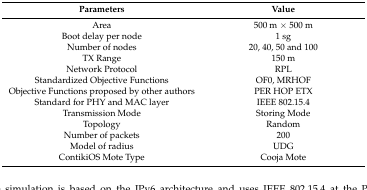
<table><thead><tr><td><b>Parameters</b></td><td><b>Value</b></td></tr></thead><tbody><tr><td>Area</td><td>500 m × 500 m</td></tr><tr><td>Boot delay per node</td><td>1 sg</td></tr><tr><td>Number of nodes</td><td>20, 40, 50 and 100</td></tr><tr><td>TX Range</td><td>150 m</td></tr><tr><td>Network Protocol</td><td>RPL</td></tr><tr><td>Standardized Objective Functions</td><td>OF0, MRHOF</td></tr><tr><td>Objective Functions proposed by other authors</td><td>PER HOP ETX</td></tr><tr><td>Standard for PHY and MAC layer</td><td>IEEE 802.15.4</td></tr><tr><td>Transmission Mode</td><td>Storing Mode</td></tr><tr><td>Topology</td><td>Random</td></tr><tr><td>Number of packets</td><td>200</td></tr><tr><td>Model of radius</td><td>UDG</td></tr><tr><td>ContikiOS Mote Type</td><td>Cooja Mote</td></tr></tbody></table>